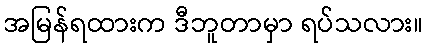
အမြန်ရထားက ဒီဘူတာမှာ ရပ်သလား။